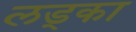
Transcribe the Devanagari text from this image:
लड्का